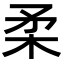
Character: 柔